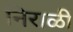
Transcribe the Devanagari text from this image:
निराळीं